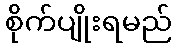
စိုက်ပျိုးရမည်